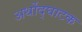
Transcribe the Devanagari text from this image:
अर्थोद्घाटक